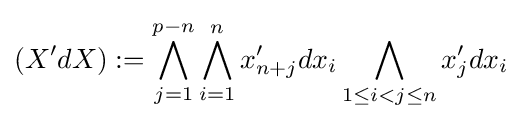
(X'dX):=\bigwedge _{j=1}^{p-n}\bigwedge _{i=1}^{n}x_{n+j}'dx_{i}\bigwedge _{1\leq i<j\leq n}x_{j}'dx_{i}